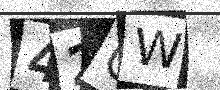
Text: 42GW